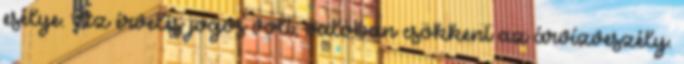
esélye. Az érvelés jogos volt, valóban csökkent az árvízveszély.